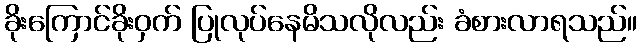
ခိုးကြောင်ခိုးဝှက် ပြုလုပ်နေမိသလိုလည်း ခံစားလာရသည်။